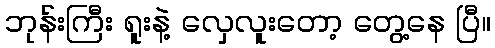
ဘုန်းကြီး ရူးနဲ့ လှေလူးတော့ တွေ့နေ ပြီ။